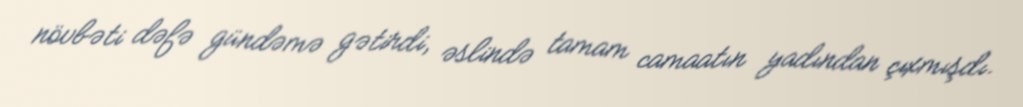
növbəti dəfə gündəmə gətirdi, əslində tamam camaatın yadından çıxmışdı.